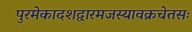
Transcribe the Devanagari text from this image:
पुरमेकादशद्वारमजस्यावक्रचेतसः